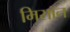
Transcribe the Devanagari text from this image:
मिसॉन